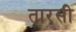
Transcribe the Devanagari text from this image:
तारसी